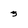
Character: 3